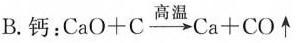
B.钙：$$CaO+C\xrightarrow[]{高温}Ca+CO\uparrow$$